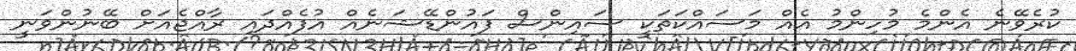
ކުރެވޭނެ އެންމެ މުހިިންމު އެއް މަސައްކަތަކީ ސައިންސް ފައުންޑޭޝަނެއް އުފެއްދައި ރާއްޖެއަށް ބޭނުންވަނީ